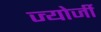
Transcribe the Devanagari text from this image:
ज्योर्जी